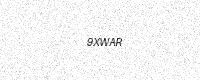
Text: 9XWAR